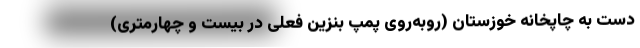
دست به چاپخانه خوزستان (روبه‌روی پمپ بنزین فعلی در بیست و چهارمتری)